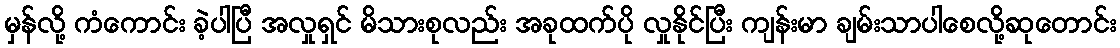
မှန်လို့ ကံကောင်း ခဲ့ပါပြီ အလှုရှင် မိသားစုလည်း အခုထက်ပို လှုနိုင်ပြီး ကျန်းမာ ချမ်းသာပါစေလို့ဆုတောင်း